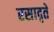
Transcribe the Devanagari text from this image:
रसादृते